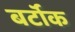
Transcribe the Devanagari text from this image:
बर्टॉक